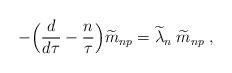
LaTeX: \begin{align*}-\Bigr({d\over d\tau}-{n\over \tau}\Bigr){\widetilde m}_{np}={\widetilde \lambda}_{n} \;{\widetilde m}_{np} \; ,\end{align*}